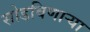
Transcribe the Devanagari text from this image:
सोडविणाऱ्या